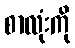
စာလုံးကို